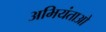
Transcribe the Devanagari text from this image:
अभियंताओ